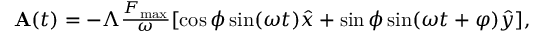
\begin{array} { r } { { \bf A } ( t ) = - \Lambda \frac { F _ { \mathrm { m a x } } } { \omega } [ \cos \phi \sin ( \omega t ) \hat { x } + \sin \phi \sin ( \omega t + \varphi ) \hat { y } ] , } \end{array}